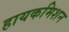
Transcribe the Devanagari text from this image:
हायकमिशन